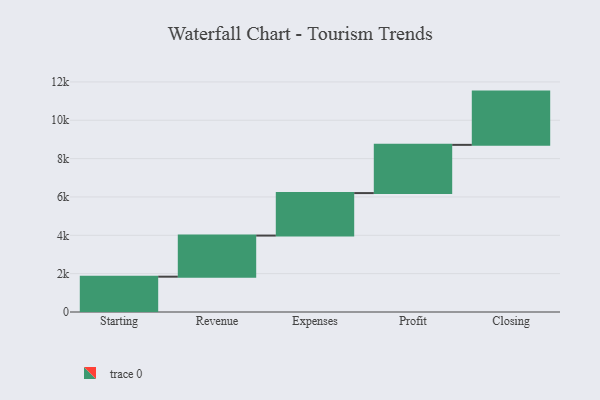
{"axis": {"x": "Step", "y": "Value"}, "legend": [""], "data": [{"x": "Starting", "y": 1842.0, "type": ""}, {"x": "Revenue", "y": 2144.0, "type": ""}, {"x": "Expenses", "y": 2216.0, "type": ""}, {"x": "Profit", "y": 2515.0, "type": ""}, {"x": "Closing", "y": 2778.0, "type": ""}]}